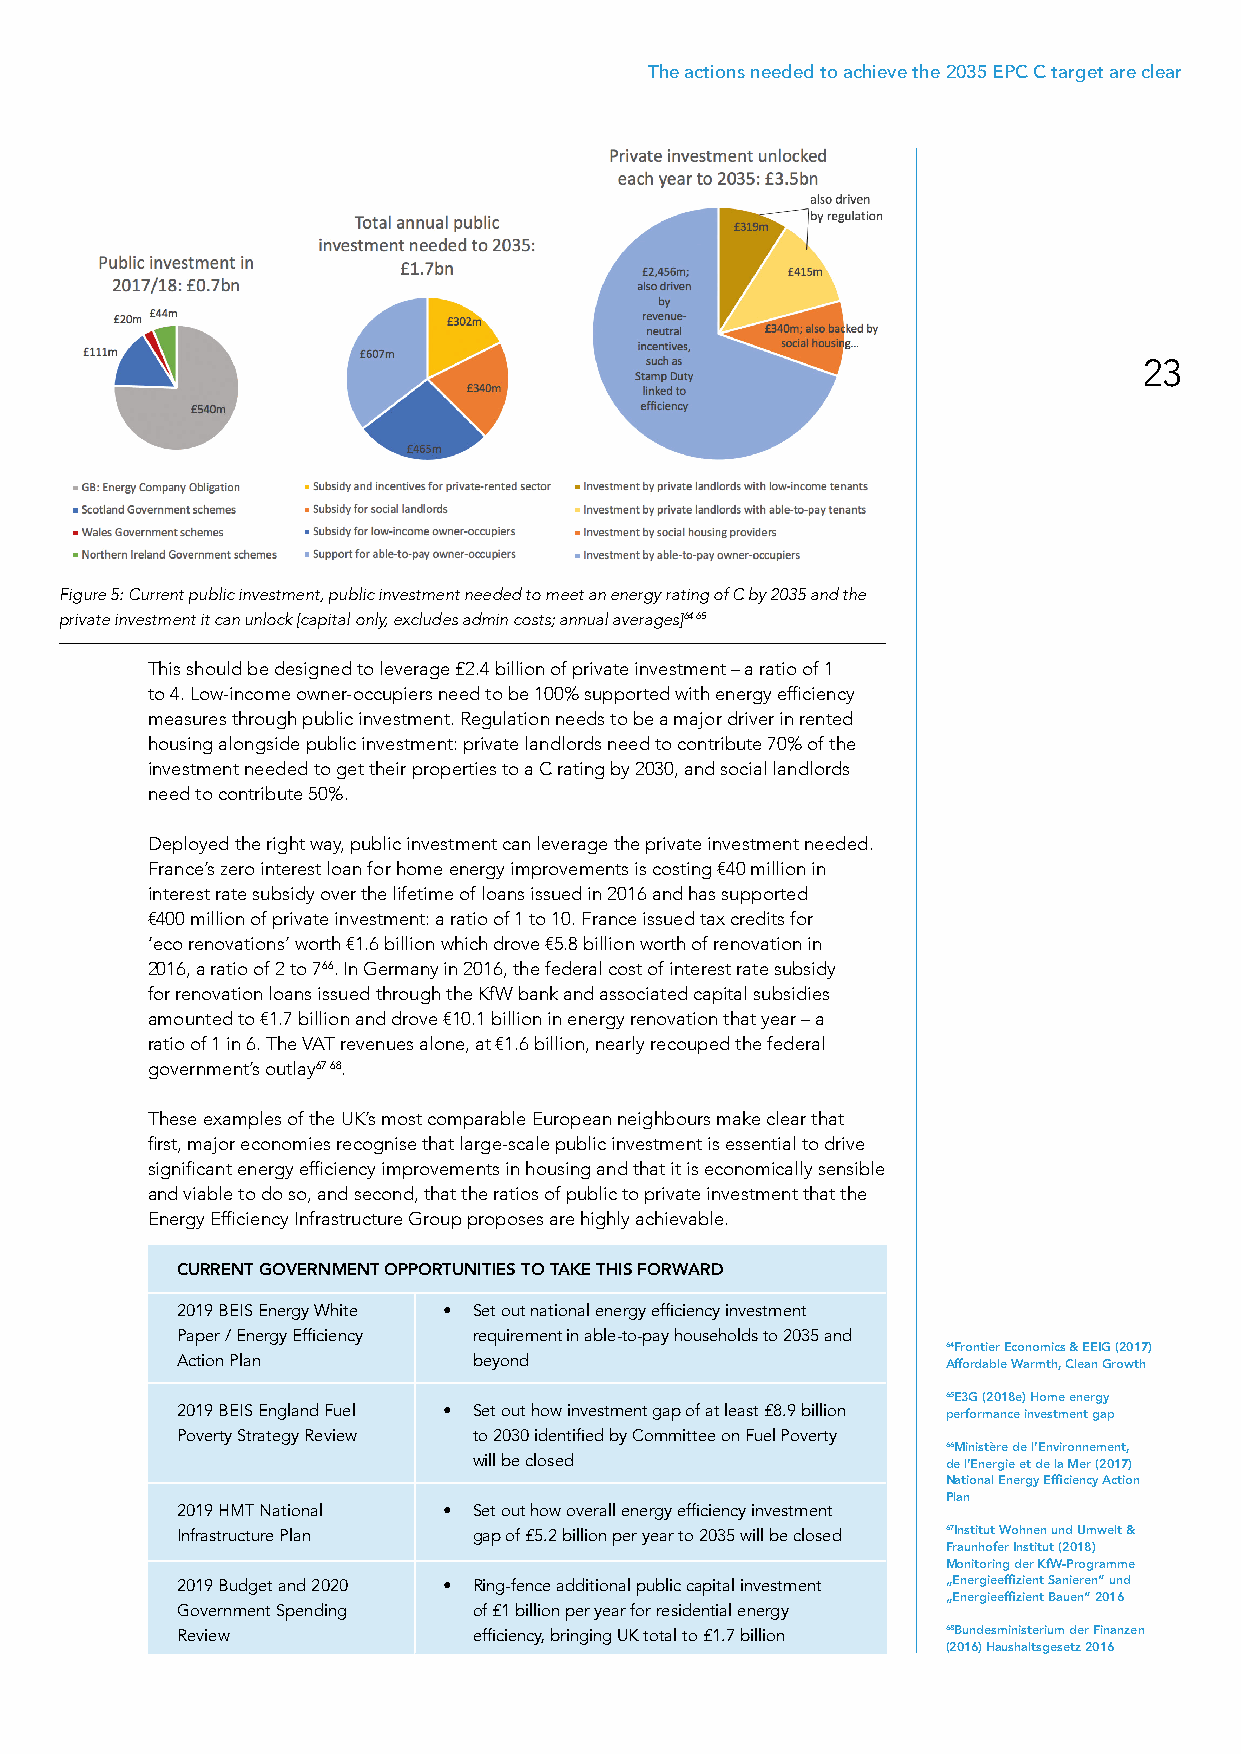
The actions needed to achieve the 2035 EPC C target are clear
 23
 Figure 5: Current public investment, public investment needed to meet an energy rating of C by 2035 and the
 private investment it can unlock [capital only, excludes admin costs; annual averages]64 65
 This should be designed to leverage £2.4 billion of private investment – a ratio of 1
 to 4. Low-income owner-occupiers need to be 100% supported with energy efficiency
 measures through public investment. Regulation needs to be a major driver in rented
 housing alongside public investment: private landlords need to contribute 70% of the
 investment needed to get their properties to a C rating by 2030, and social landlords
 need to contribute 50%.
 Deployed the right way, public investment can leverage the private investment needed.
 France’s zero interest loan for home energy improvements is costing €40 million in
 interest rate subsidy over the lifetime of loans issued in 2016 and has supported
 €400 million of private investment: a ratio of 1 to 10. France issued tax credits for
 ‘eco renovations’ worth €1.6 billion which drove €5.8 billion worth of renovation in
 2016, a ratio of 2 to 766. In Germany in 2016, the federal cost of interest rate subsidy
 for renovation loans issued through the KfW bank and associated capital subsidies
 amounted to €1.7 billion and drove €10.1 billion in energy renovation that year – a
 ratio of 1 in 6. The VAT revenues alone, at €1.6 billion, nearly recouped the federal
 government’s outlay67 68.
 These examples of the UK’s most comparable European neighbours make clear that
 first, major economies recognise that large-scale public investment is essential to drive
 significant energy efficiency improvements in housing and that it is economically sensible
 and viable to do so, and second, that the ratios of public to private investment that the
 Energy Efficiency Infrastructure Group proposes are highly achievable.
 CURRENT GOVERNMENT OPPORTUNITIES TO TAKE THIS FORWARD
 2019 BEIS Energy White • Set out national energy efficiency investment
 Paper / Energy Efficiency requirement in able-to-pay households to 2035 and
 64Frontier Economics & EEIG (2017)
 Action Plan        beyond
 Affordable Warmth, Clean Growth
 65E3G (2018e) Home energy
 2019 BEIS England Fuel • Set out how investment gap of at least £8.9 billion
 performance investment gap
 Poverty Strategy Review to 2030 identified by Committee on Fuel Poverty
 66Ministère de l’Environnement,
 will be closed
 de l’Energie et de la Mer (2017)
 National Energy Efficiency Action
 Plan
 2019 HMT National • Set out how overall energy efficiency investment
 Infrastructure Plan gap of £5.2 billion per year to 2035 will be closed 67Institut Wohnen und Umwelt &
 Fraunhofer Institut (2018)
 Monitoring der KfW-Programme
 2019 Budget and 2020 • Ring-fence additional public capital investment „Energieeffizient Sanieren“ und
 „Energieeffizient Bauen“ 2016
 Government Spending of £1 billion per year for residential energy
 Review             efficiency, bringing UK total to £1.7 billion 68Bundesministerium der Finanzen
 (2016) Haushaltsgesetz 2016